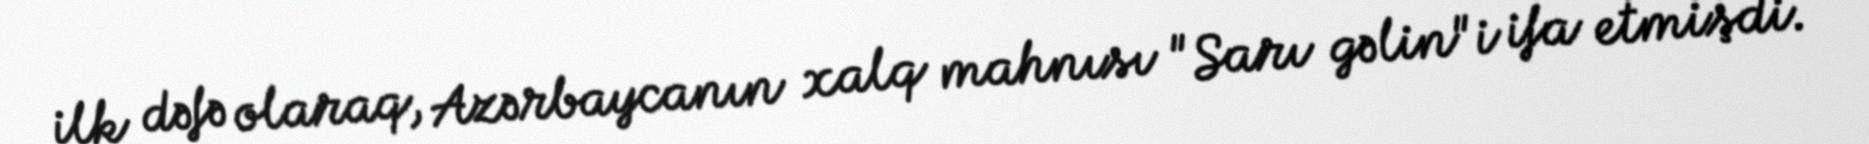
ilk dəfə olaraq, Azərbaycanın xalq mahnısı "Sarı gəlin"i ifa etmişdi.